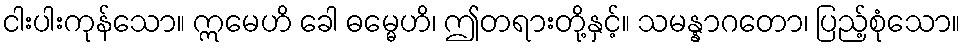
ငါးပါးကုန်သော။ ဣမေဟိ ခေါ ဓမ္မေဟိ၊ ဤတရားတို့နှင့်။ သမန္နာဂတော၊ ပြည့်စုံသော။